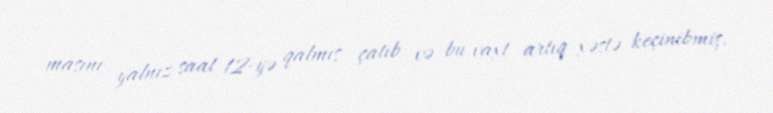
maşını yalnız saat 12-yə qalmış çatıb və bu vaxt artıq xəstə keçinibmiş.